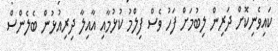
ކައިވެނިކޮށް ދަރިން ލިބުމަށް ފަހު ވެސް ފިލްމު ކުޅުމާއި އާއިލާ ދިރިއުޅުން ބެލެންސް